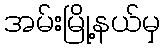
အမ်းမြို့နယ်မှ